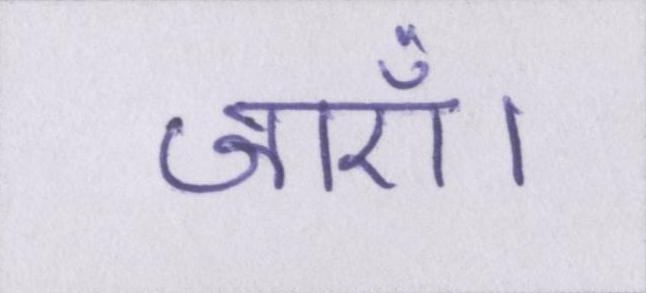
जाएँ।